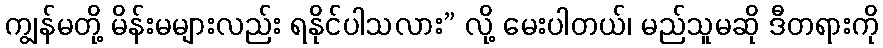
ကျွန်မတို့ မိန်းမများလည်း ရနိုင်ပါသလား” လို့ မေးပါတယ်၊ မည်သူမဆို ဒီတရားကို